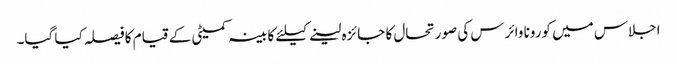
اجلاس میں کورونا وائرس کی صورتحال کا جائزہ لینے کیلئے کابینہ کمیٹی کے قیام کا فیصلہ کیا گیا۔